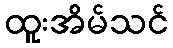
ထူးအိမ်သင်